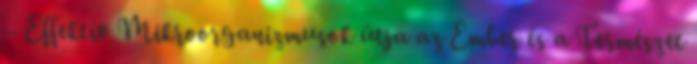
– Effektív Mikroorganizmusok útja az Ember és a Természet